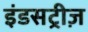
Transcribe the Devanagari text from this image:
इंडसट्रीज़